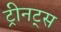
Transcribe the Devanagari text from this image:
ट्रीनट्स